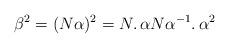
LaTeX: \begin{align*}\beta^{2}= (N \alpha)^{2}=N\ldotp \alpha N\alpha^{-1}\ldotp \alpha^2\end{align*}